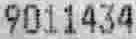
9011434